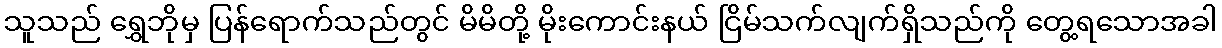
သူသည် ရွှေဘိုမှ ပြန်ရောက်သည်တွင် မိမိတို့ မိုးကောင်းနယ် ငြိမ်သက်လျက်ရှိသည်ကို တွေ့ရသောအခါ